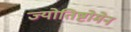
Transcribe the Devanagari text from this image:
ज्योतिष्टोमेन